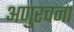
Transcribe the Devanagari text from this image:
अणुरचना